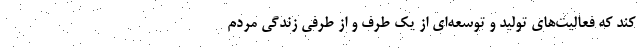
کند که فعالیت‌های تولید و توسعه‌ای از یک طرف و از طرفی زندگی مردم